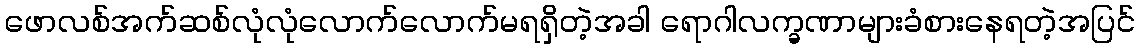
ဖောလစ်အက်ဆစ်လုံလုံလောက်လောက်မရရှိတဲ့အခါ ရောဂါလက္ခဏာများခံစားနေရတဲ့အပြင်